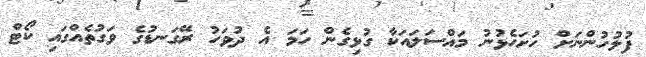
ފުލުހުންނަށް ހުށަހެޅުނު މައްސަލައަކާ ގުޅިގެން ހަމަ އެ ދުވަހު ރޭގަނޑުގެ ވަގުތެއްގައި ކޯޓް